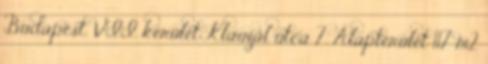
Budapest, VII. kerület Klauzál utca 7. Alapterület 117 m2